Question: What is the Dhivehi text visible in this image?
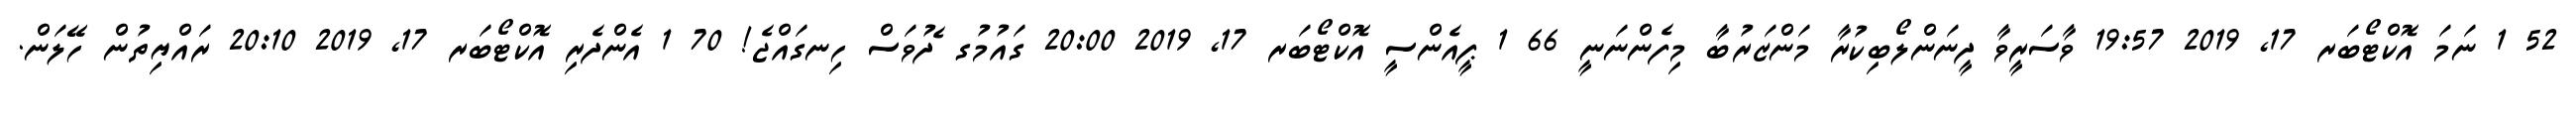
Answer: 52 1 ނަމަ އޮކްޓޯބަރ 17, 2019 19:57 ވާސަރީވާ ދީނަންލޯބިކުރާ މަންޒަރުބާ މިފެންނަނީ 66 1 ޕީއެންސީ އޮކްޓޯބަރ 17, 2019 20:00 ގައުމުގ ެދުވަސް ހިނގައްޖެ! 70 1 އެންދެރި އޮކްޓޯބަރ 17, 2019 20:10 ރައްޔިތުން ހޭލަން.